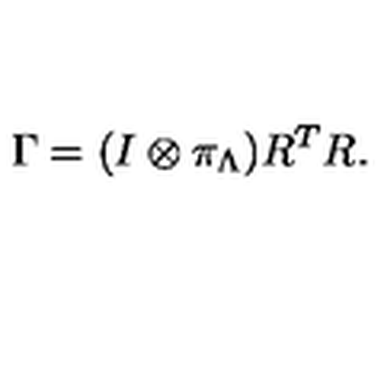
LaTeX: \Gamma = ( I \otimes \pi _ { \Lambda } ) R ^ { T } R .